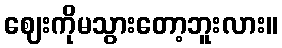
ဈေးကိုမသွားတော့ဘူးလား။